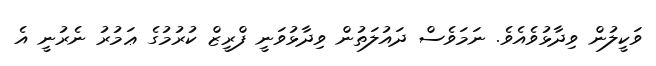
ވަކީލުން ވިދާޅުވެއެވެ. ނަމަވެސް ދައުލަތުން ވިދާޅުވަނީ ފްރީޒް ކުރުމުގެ ޢަމުރު ނެރުނީ އެ